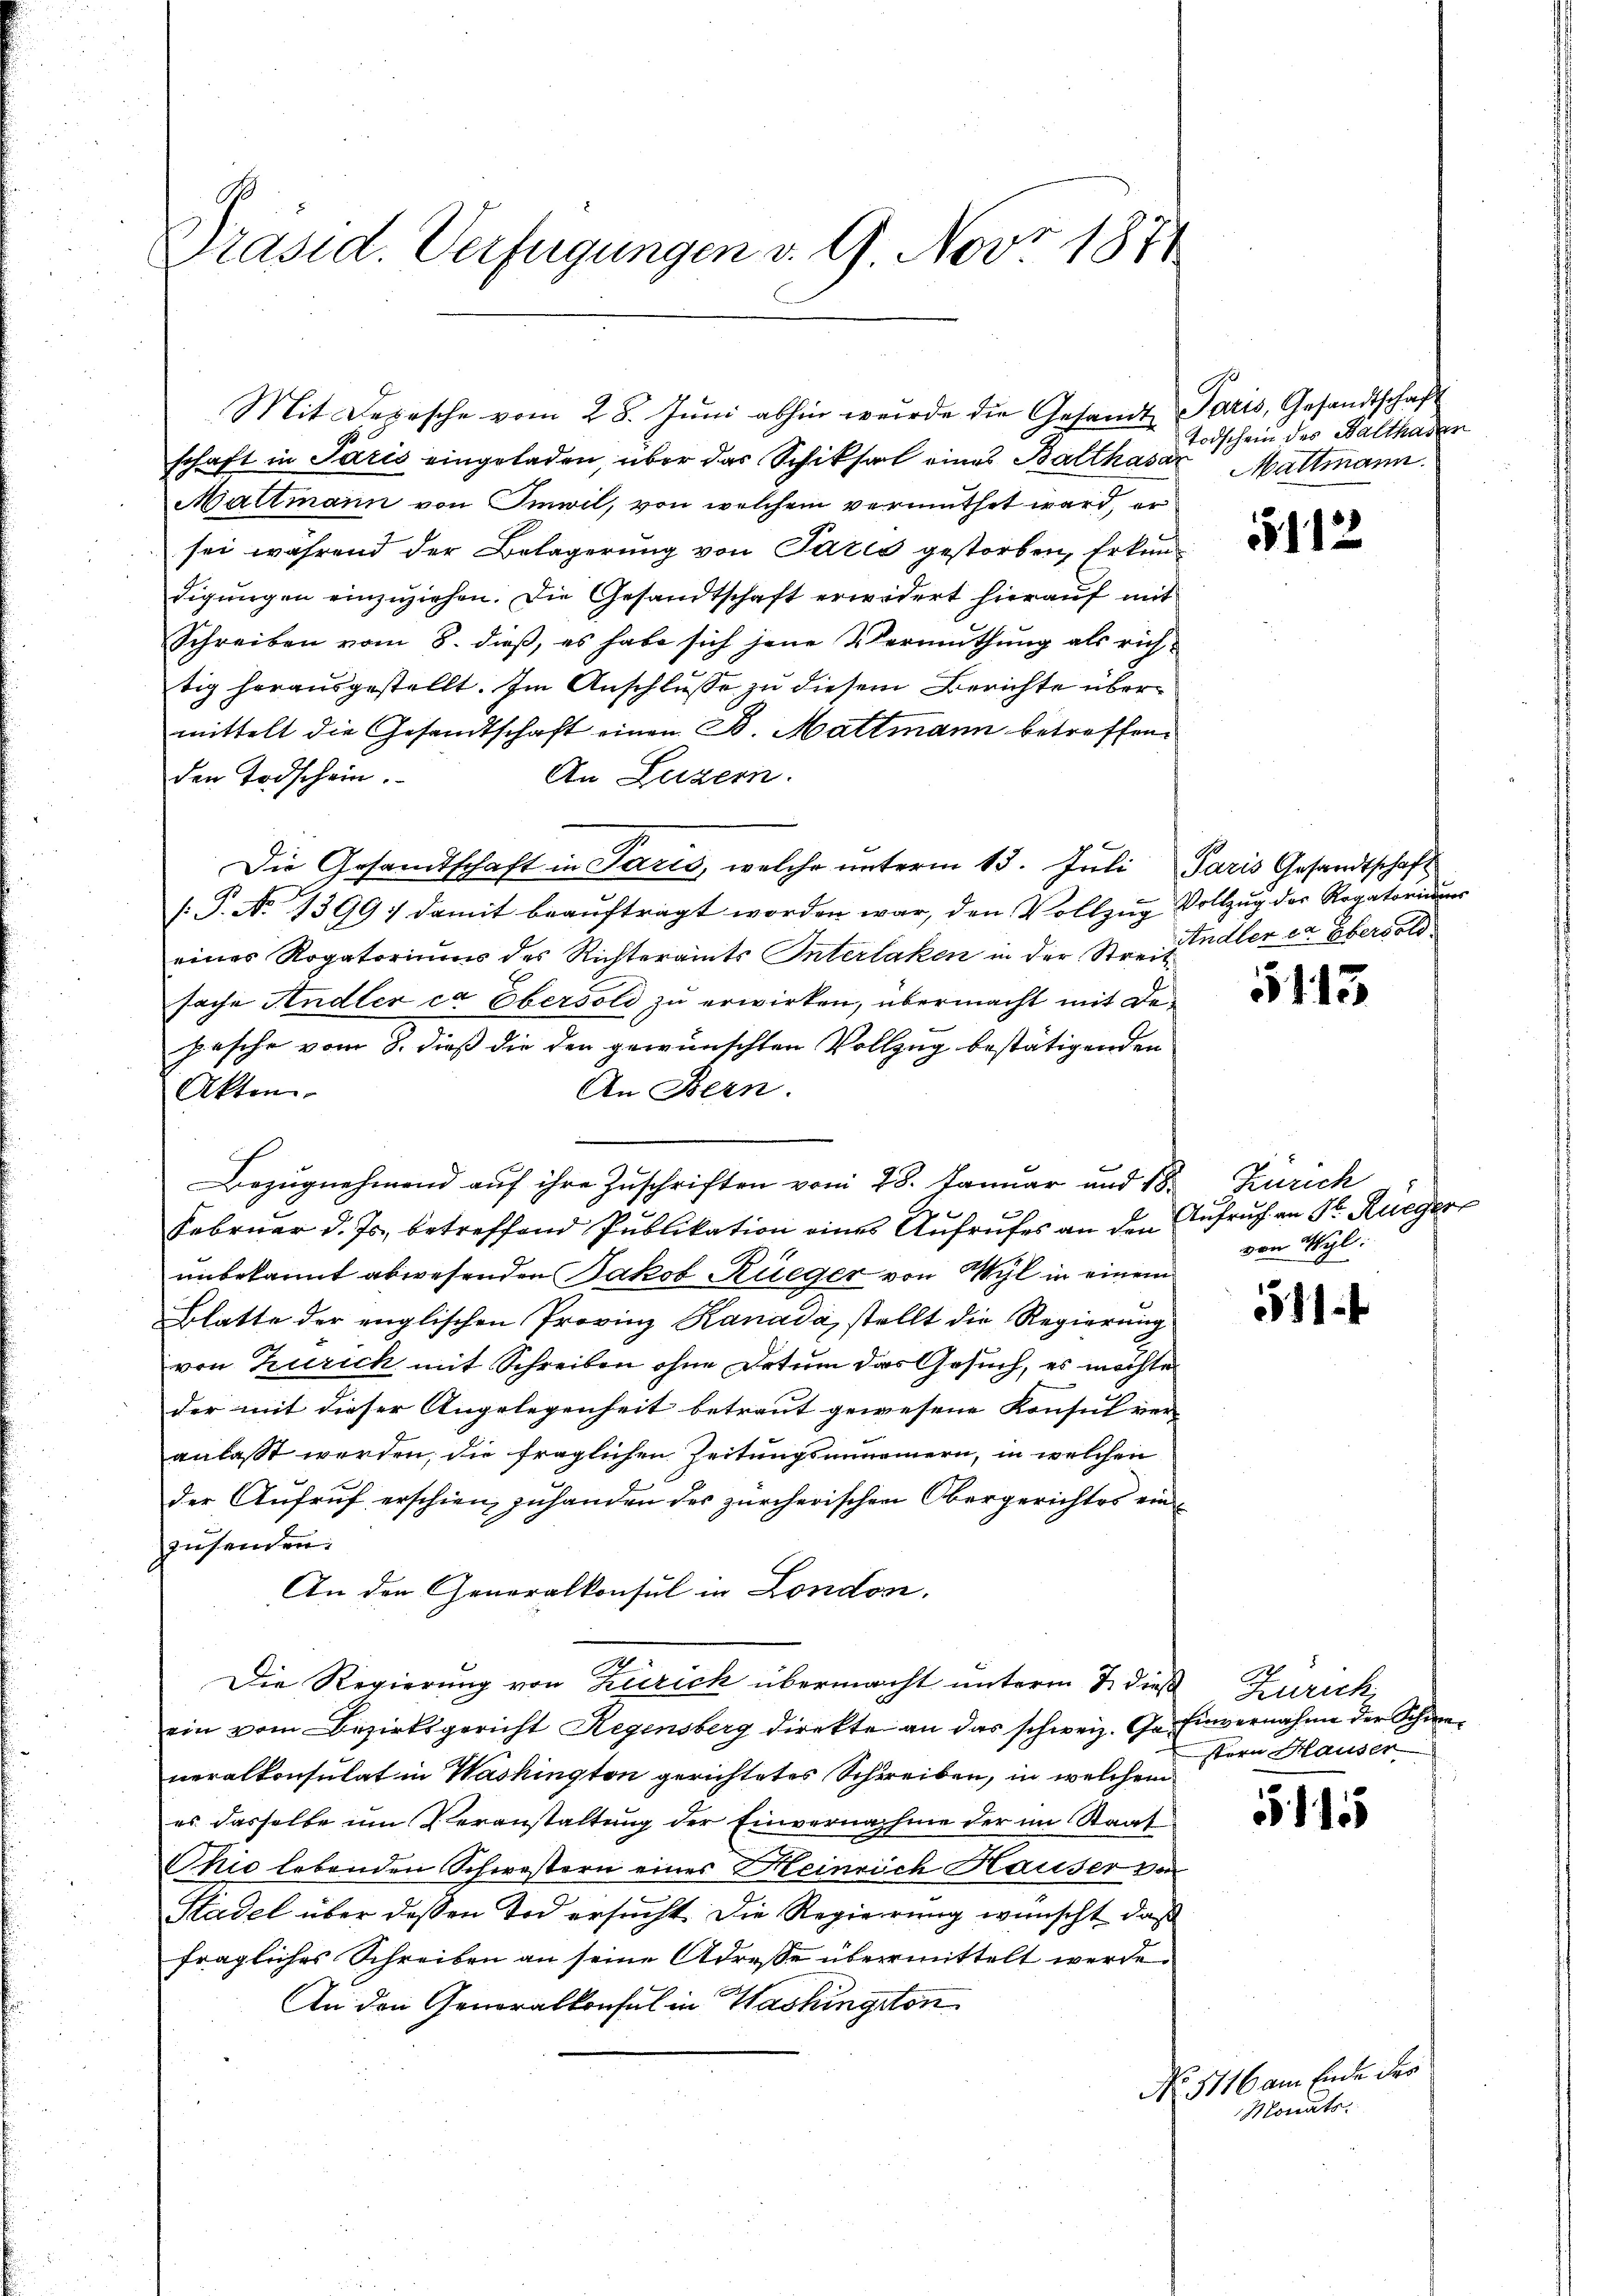
Präsid. Verfügungen v. 9. Nov 1874

Mit Depesche vom 28. Jŭni abhin wurde die Gesandt Paris, Gesandtschaft

schaft in Paris eingeladen, über das Schiksal eines Balthasar Mattmann.
Mattmann von Imwil, von welchem vermuthet ward, er
sei während der Belagerung von Paris gestorben, Erkundigungen einzuziehen. Die Gesandtschaft erwidert hierauf mit
Schreiben vom 8. dieß, es habe sich jene Vermuthung als richtig herausgestellt. Im Anschlusse zu diesem Berichte übermittelt die Gesandtschaft einen B. Mattmann betreffen.
An Luzern.
den Todschein.
Die Gesandtschaft in Paris, welche unterm 13. Juli Paris Gesandtschaft
.P. No 1399; damit beauftragt worden war, den Vollzug Vollzug der Rogatoriums
eines Rogatoriums des Richteramts Interlaken in der Streitindler er Obervold
sache Andler ca Ebersoli zu erwirken, übermacht mit Depasche vom 8. dieß die den gewünschten Vollzug bestätigenden
An Bern.
Akten.
Bezugnehmend auf ihre Zuschriften vom 28. Januar und 18. Zürich
Februar d. Js. betreffend Publikation eines Aufrufes an den Aufruch an Hr. Rueger
unbekannt abwesenden Jakob Rüeger von Wyl in einem
Blatte der englischen Provinz Kanada, stellt die Regierung
von Turich mit Schreiben ohne Datum das Gesuch, es möchte
der mit dieser Angelegenheit betraut gewesene Konsul ver-
anlasst werden; die fraglichen Zeitungsmomennern, in welchen
der Aufruf erschien zuhanden des zürcherischen Obergerichtes einzusenden.
An den Generalkonsul in London.
Die Regierung von Zürich übermacht unterm & dieß Zürich,
ein vom Bezirksgericht Regensberg direkte an das schweiz. Gr. Einvernahme der Schweneralkonsulat in Washington gerichtetes Schreiben, in welchem
es dasselbe um Veranstaltung der Einvernahme der im Staat
Chio lebenden Schwestern eines Heinrich Hauser vo
Stadel über dessen Tod ersucht. Die Regierung wünscht, daß
fragliches Schreiben an seine Adresse übermittelt werde.
An den Generalkonsul in Washingston

Todschein des Balthaber

von Wyl

stern Hauser

No. 5116 am Ende der
Monats.

1112

5113.

511.

51155